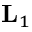
\mathbf { L } _ { 1 }